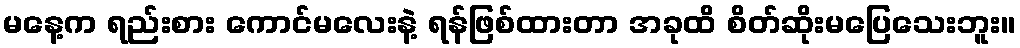
မနေ့က ရည်းစား ကောင်မလေးနဲ့ ရန်ဖြစ်ထားတာ အခုထိ စိတ်ဆိုးမပြေသေးဘူး။